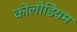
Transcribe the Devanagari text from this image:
कोलोडियम